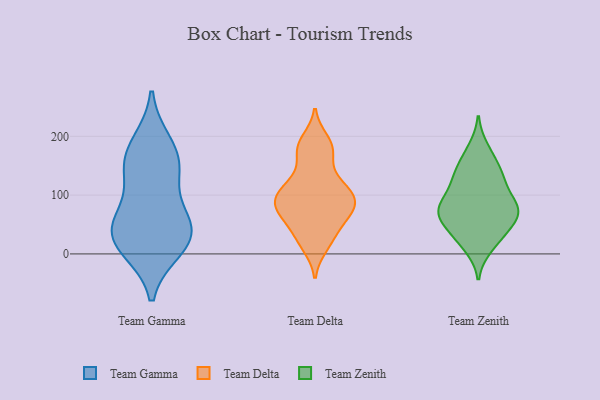
{"axis": {"x": "Page Views", "y": "Value"}, "legend": ["Team Delta", "Team Gamma", "Team Zenith"], "data": [{"x": "", "y": 27, "type": "Team Gamma"}, {"x": "", "y": 44, "type": "Team Gamma"}, {"x": "", "y": 134, "type": "Team Gamma"}, {"x": "", "y": 50, "type": "Team Gamma"}, {"x": "", "y": 19, "type": "Team Gamma"}, {"x": "", "y": 150, "type": "Team Gamma"}, {"x": "", "y": 10, "type": "Team Gamma"}, {"x": "", "y": 187, "type": "Team Gamma"}, {"x": "", "y": 64, "type": "Team Gamma"}, {"x": "", "y": 164, "type": "Team Gamma"}, {"x": "", "y": 101, "type": "Team Delta"}, {"x": "", "y": 170, "type": "Team Delta"}, {"x": "", "y": 125, "type": "Team Delta"}, {"x": "", "y": 57, "type": "Team Delta"}, {"x": "", "y": 94, "type": "Team Delta"}, {"x": "", "y": 113, "type": "Team Delta"}, {"x": "", "y": 23, "type": "Team Delta"}, {"x": "", "y": 80, "type": "Team Delta"}, {"x": "", "y": 32, "type": "Team Delta"}, {"x": "", "y": 181, "type": "Team Delta"}, {"x": "", "y": 87, "type": "Team Delta"}, {"x": "", "y": 79, "type": "Team Delta"}, {"x": "", "y": 13, "type": "Team Delta"}, {"x": "", "y": 123, "type": "Team Delta"}, {"x": "", "y": 177, "type": "Team Delta"}, {"x": "", "y": 96, "type": "Team Delta"}, {"x": "", "y": 193, "type": "Team Delta"}, {"x": "", "y": 60, "type": "Team Delta"}, {"x": "", "y": 72, "type": "Team Delta"}, {"x": "", "y": 167, "type": "Team Zenith"}, {"x": "", "y": 72, "type": "Team Zenith"}, {"x": "", "y": 57, "type": "Team Zenith"}, {"x": "", "y": 179, "type": "Team Zenith"}, {"x": "", "y": 116, "type": "Team Zenith"}, {"x": "", "y": 22, "type": "Team Zenith"}, {"x": "", "y": 77, "type": "Team Zenith"}, {"x": "", "y": 144, "type": "Team Zenith"}, {"x": "", "y": 132, "type": "Team Zenith"}, {"x": "", "y": 41, "type": "Team Zenith"}, {"x": "", "y": 133, "type": "Team Zenith"}, {"x": "", "y": 79, "type": "Team Zenith"}, {"x": "", "y": 75, "type": "Team Zenith"}, {"x": "", "y": 81, "type": "Team Zenith"}, {"x": "", "y": 74, "type": "Team Zenith"}, {"x": "", "y": 54, "type": "Team Zenith"}, {"x": "", "y": 123, "type": "Team Zenith"}, {"x": "", "y": 12, "type": "Team Zenith"}, {"x": "", "y": 85, "type": "Team Zenith"}, {"x": "", "y": 28, "type": "Team Zenith"}]}